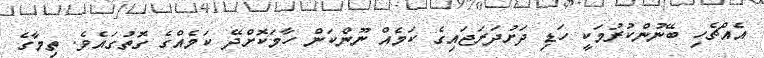
އެއްޗެހި ބޭނުންކުރުމަކީ ހަޑި ދަށުދަރަޖައިގެ ކަމެއް ނޫންކަން ހާމަކޮށްދޭ ކަމެއްގެ ގޮތުގައެވެ. ތިމާގެ